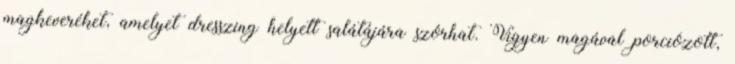
magkeveréket, amelyet dresszing helyett salátájára szórhat. Vigyen magával porciózott,